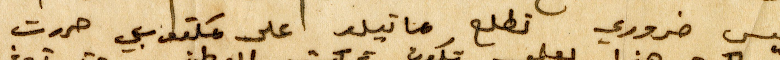
ليس ضروري تطلع ماتيلد اعلى  مكتوبي حررت